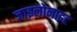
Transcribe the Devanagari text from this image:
जाइलोनाइट